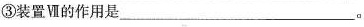
③装置Ⅶ的作用是___